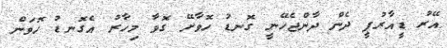
އޭރު ޑީއާރުޕީ ދެން ދާންޖެހޭނީ ގޮނޑު ހޮވާށޭ ގޮވާ މިހާރު އެގޮނޑު ހޮވަން